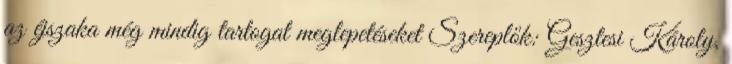
az éjszaka még mindig tartogat meglepetéseket Szereplők: Gesztesi Károly,